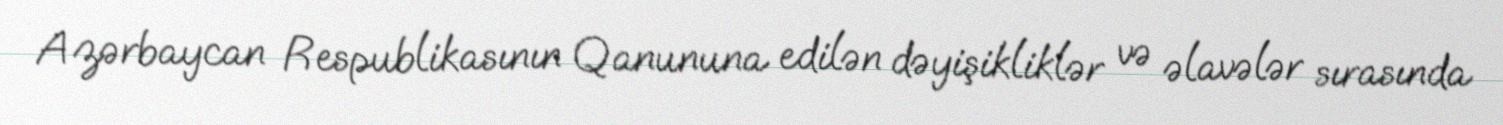
Azərbaycan Respublikasının Qanununa edilən dəyişikliklər və əlavələr sırasında